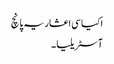
اکیاسی اعشاریہ پانچ
آسٹریلیا ۔